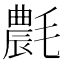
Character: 𣰊